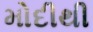
મોદીથી